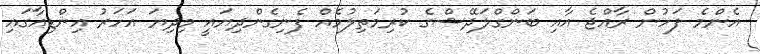
އެންމެ ފަހުން ރާއްޖެ އާއި ބަންގްލަދޭޝްގެ ކުރިމަތިލުމެއް ފެނިގެންދިޔައީ މިދިޔަ އަހަރު އިންޑިއާގައި